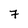
Character: 7